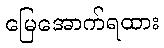
မြေအောက်ရထား